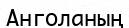
Анголаның